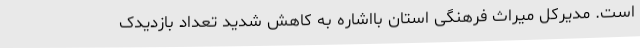
است. مدیرکل میراث فرهنگی استان بااشاره به کاهش شدید تعداد بازدیدک